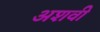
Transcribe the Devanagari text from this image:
अशवी